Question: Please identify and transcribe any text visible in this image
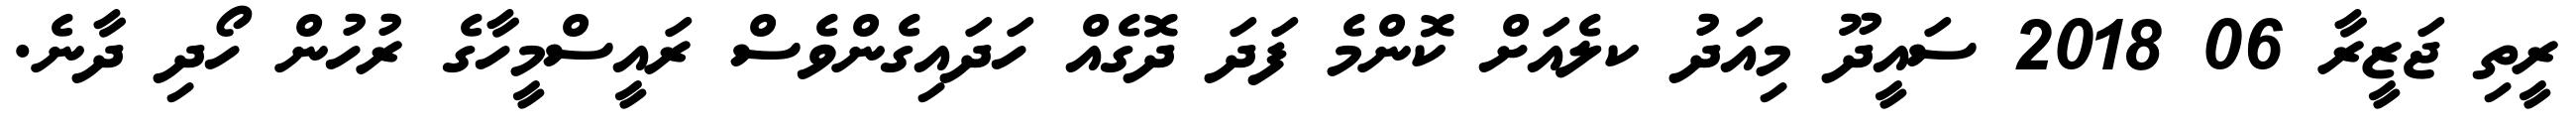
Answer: ރީތި ޖަޒީރާ 06 2018 ސައީދޫ މިއަދު ކލެއަށް ކޮންމެ ފަދަ ދޮގެއް ހަދައިގެންވެސް ރައީސްމީހާގެ ރުހުން ހޯދި ދާނެ.